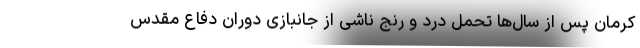
کرمان پس از سال‌ها تحمل درد و رنج ناشی از جانبازی دوران دفاع مقدس